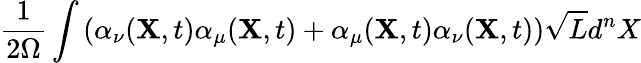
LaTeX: \frac{1}{2\Omega}\int\left(\alpha_{\nu}({\mathbf X},t)\alpha_{\mu}({\mathbf X},t)+\alpha_{\mu}({\mathbf X},t)\alpha_{\nu}({\mathbf X},t)\right)\sqrt{L}d^{n}X